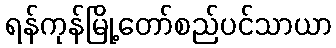
ရန်ကုန်မြို့တော်စည်ပင်သာယာ